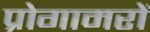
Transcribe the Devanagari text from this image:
प्रोगामरों